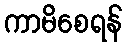
ကာမိစေရန်